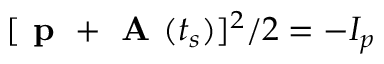
[ \textbf { p } + \textbf { A } ( t _ { s } ) ] ^ { 2 } / 2 = - I _ { p }